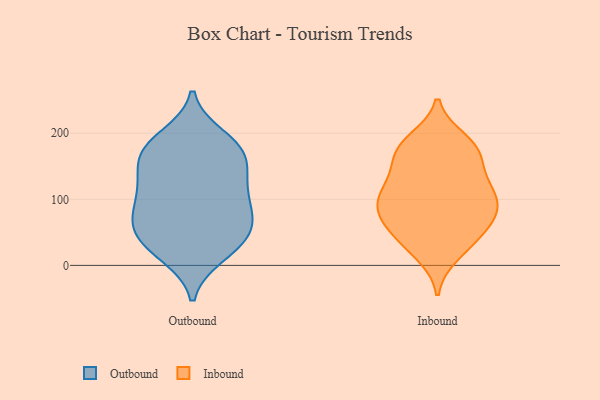
{"axis": {"x": "Tickets Resolved", "y": "Value"}, "legend": ["Inbound", "Outbound"], "data": [{"x": "", "y": 53, "type": "Outbound"}, {"x": "", "y": 64, "type": "Outbound"}, {"x": "", "y": 45, "type": "Outbound"}, {"x": "", "y": 179, "type": "Outbound"}, {"x": "", "y": 179, "type": "Outbound"}, {"x": "", "y": 103, "type": "Outbound"}, {"x": "", "y": 171, "type": "Outbound"}, {"x": "", "y": 138, "type": "Outbound"}, {"x": "", "y": 76, "type": "Outbound"}, {"x": "", "y": 110, "type": "Outbound"}, {"x": "", "y": 16, "type": "Outbound"}, {"x": "", "y": 23, "type": "Outbound"}, {"x": "", "y": 147, "type": "Outbound"}, {"x": "", "y": 64, "type": "Outbound"}, {"x": "", "y": 30, "type": "Outbound"}, {"x": "", "y": 126, "type": "Outbound"}, {"x": "", "y": 194, "type": "Outbound"}, {"x": "", "y": 172, "type": "Outbound"}, {"x": "", "y": 91, "type": "Outbound"}, {"x": "", "y": 75, "type": "Inbound"}, {"x": "", "y": 189, "type": "Inbound"}, {"x": "", "y": 69, "type": "Inbound"}, {"x": "", "y": 107, "type": "Inbound"}, {"x": "", "y": 146, "type": "Inbound"}, {"x": "", "y": 117, "type": "Inbound"}, {"x": "", "y": 74, "type": "Inbound"}, {"x": "", "y": 95, "type": "Inbound"}, {"x": "", "y": 180, "type": "Inbound"}, {"x": "", "y": 127, "type": "Inbound"}, {"x": "", "y": 91, "type": "Inbound"}, {"x": "", "y": 31, "type": "Inbound"}, {"x": "", "y": 84, "type": "Inbound"}, {"x": "", "y": 46, "type": "Inbound"}, {"x": "", "y": 118, "type": "Inbound"}, {"x": "", "y": 175, "type": "Inbound"}, {"x": "", "y": 174, "type": "Inbound"}, {"x": "", "y": 41, "type": "Inbound"}, {"x": "", "y": 171, "type": "Inbound"}, {"x": "", "y": 17, "type": "Inbound"}]}